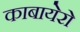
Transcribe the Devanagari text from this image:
काबायेरो